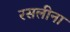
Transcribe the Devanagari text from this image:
रसलीना